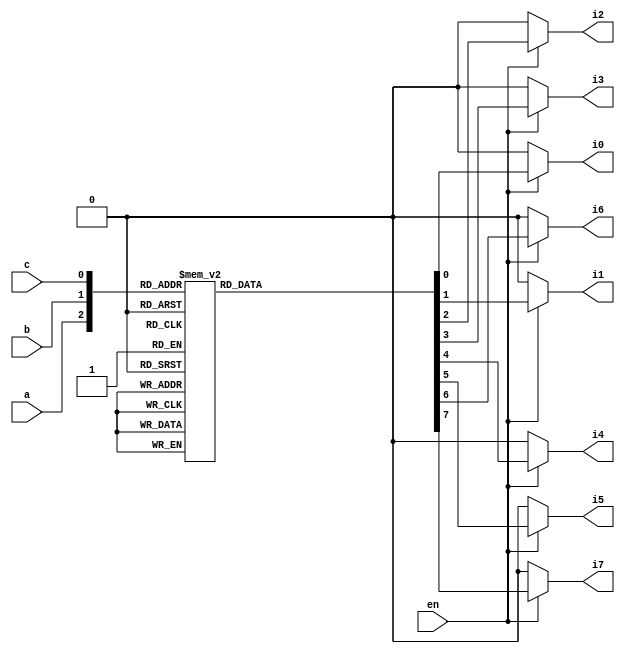
`timescale 1ns / 1ps
//////////////////////////////////////////////////////////////////////////////////
// Company: 
// Engineer: 
// 
// Design Name: 
// Module Name:    bh 
// Project Name: 
// Target Devices: 
// Tool versions: 
// Description: 
//
// Dependencies: 
//
// Revision: 
// Revision 0.01 - File Created
// Additional Comments: 
//
//////////////////////////////////////////////////////////////////////////////////
module bh(en,a,b,c,i7,i6,i5,i4,i3,i2,i1,i0);
	 input a,b,c,en; 
	 output reg i7,i6,i5,i4,i3,i2,i1,i0;
	 always@(*)
	 begin
		if(en)
			begin
				case({a,b,c})
					3'b000 : {i7,i6,i5,i4,i3,i2,i1,i0} = 8'b00000001;
					3'b001 : {i7,i6,i5,i4,i3,i2,i1,i0} = 8'b00000010;
					3'b010 : {i7,i6,i5,i4,i3,i2,i1,i0} = 8'b00000100;
					3'b011 : {i7,i6,i5,i4,i3,i2,i1,i0} = 8'b00001000;
					3'b100 : {i7,i6,i5,i4,i3,i2,i1,i0} = 8'b00010000;
					3'b101 : {i7,i6,i5,i4,i3,i2,i1,i0} = 8'b00100000;
					3'b110 : {i7,i6,i5,i4,i3,i2,i1,i0} = 8'b01000000;
					3'b111 : {i7,i6,i5,i4,i3,i2,i1,i0} = 8'b10000000;
					default {i7,i6,i5,i4,i3,i2,i1,i0} = 8'b00000000;
					endcase
		  	end 
		 else {i7,i6,i5,i4,i3,i2,i1,i0} = 8'b00000000;
	 end
	 
endmodule